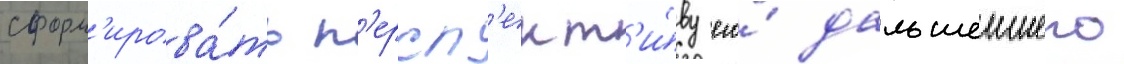
сформ'ирова́ть п'ерсп'ект'и́ву его́ дальшеишего